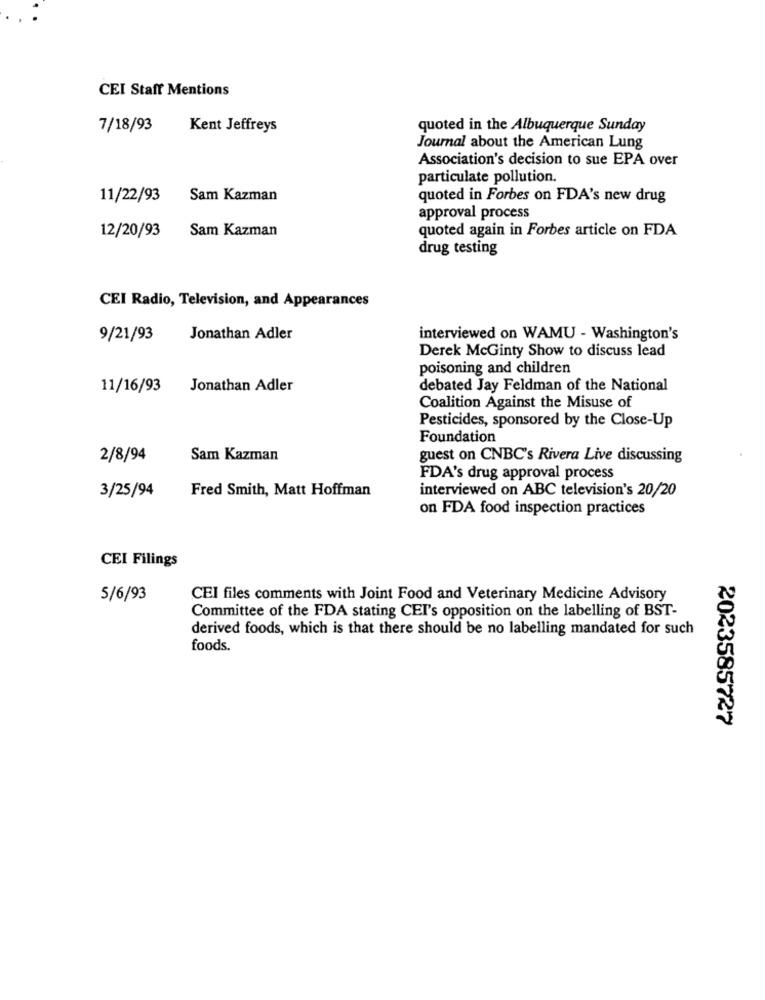
CEI Staff Mentions
7/18/93
Kent Jeffreys
quoted in the Albuquerque Sunday
Journal about the American Lung
Association's decision to sue EPA over
particulate pollution.
11/22/93
Sam Kazman
quoted in Forbes on FDA's new drug
approval process
Sam Kazman
quoted again in Forbes article on FDA
12/20/93
drug testing
CEI Radio, Television, and Appearances
9/21/93
Jonathan Adler
interviewed on WAMU - Washington's
Derek McGinty Show to discuss lead
poisoning and children
11/16/93
Jonathan Adler
debated Jay Feldman of the National
Coalition Against the Misuse of
Pesticides, sponsored by the Close-Up
Foundation
2/8/94
Sam Kazman
guest on CNBC's Rivera Live discussing
FDA's drug approval process
3/25/94
Fred Smith, Matt Hoffman
interviewed on ABC television's 20/20
on FDA food inspection practices
CEI Filings
5/6/93
CEI files comments with Joint Food and Veterinary Medicine Advisory
Committee of the FDA stating CET's opposition on the labelling of BST-
derived foods, which is that there should be no labelling mandated for such
foods.
2023585727